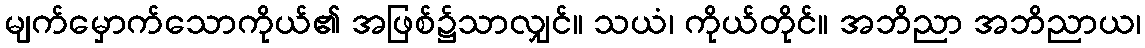
မျက်မှောက်သောကိုယ်၏ အဖြစ်၌သာလျှင်။ သယံ၊ ကိုယ်တိုင်။ အဘိညာ အဘိညာယ၊